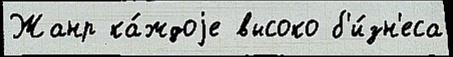
Жанр ка́ждоjе высоко б'и́зн'еса